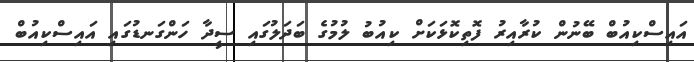
އައިސްކިއުބް ބޭނުން ކުރާއިރު ފޮތިކޮޅަކަށް ކިއުބު ލުމުގެ ބަދަލުގައި ސީދާ ހަންގަނޑުގައި އައިސްކިއުބް